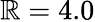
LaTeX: \mathbb{R}=4.0